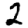
Digit: 2